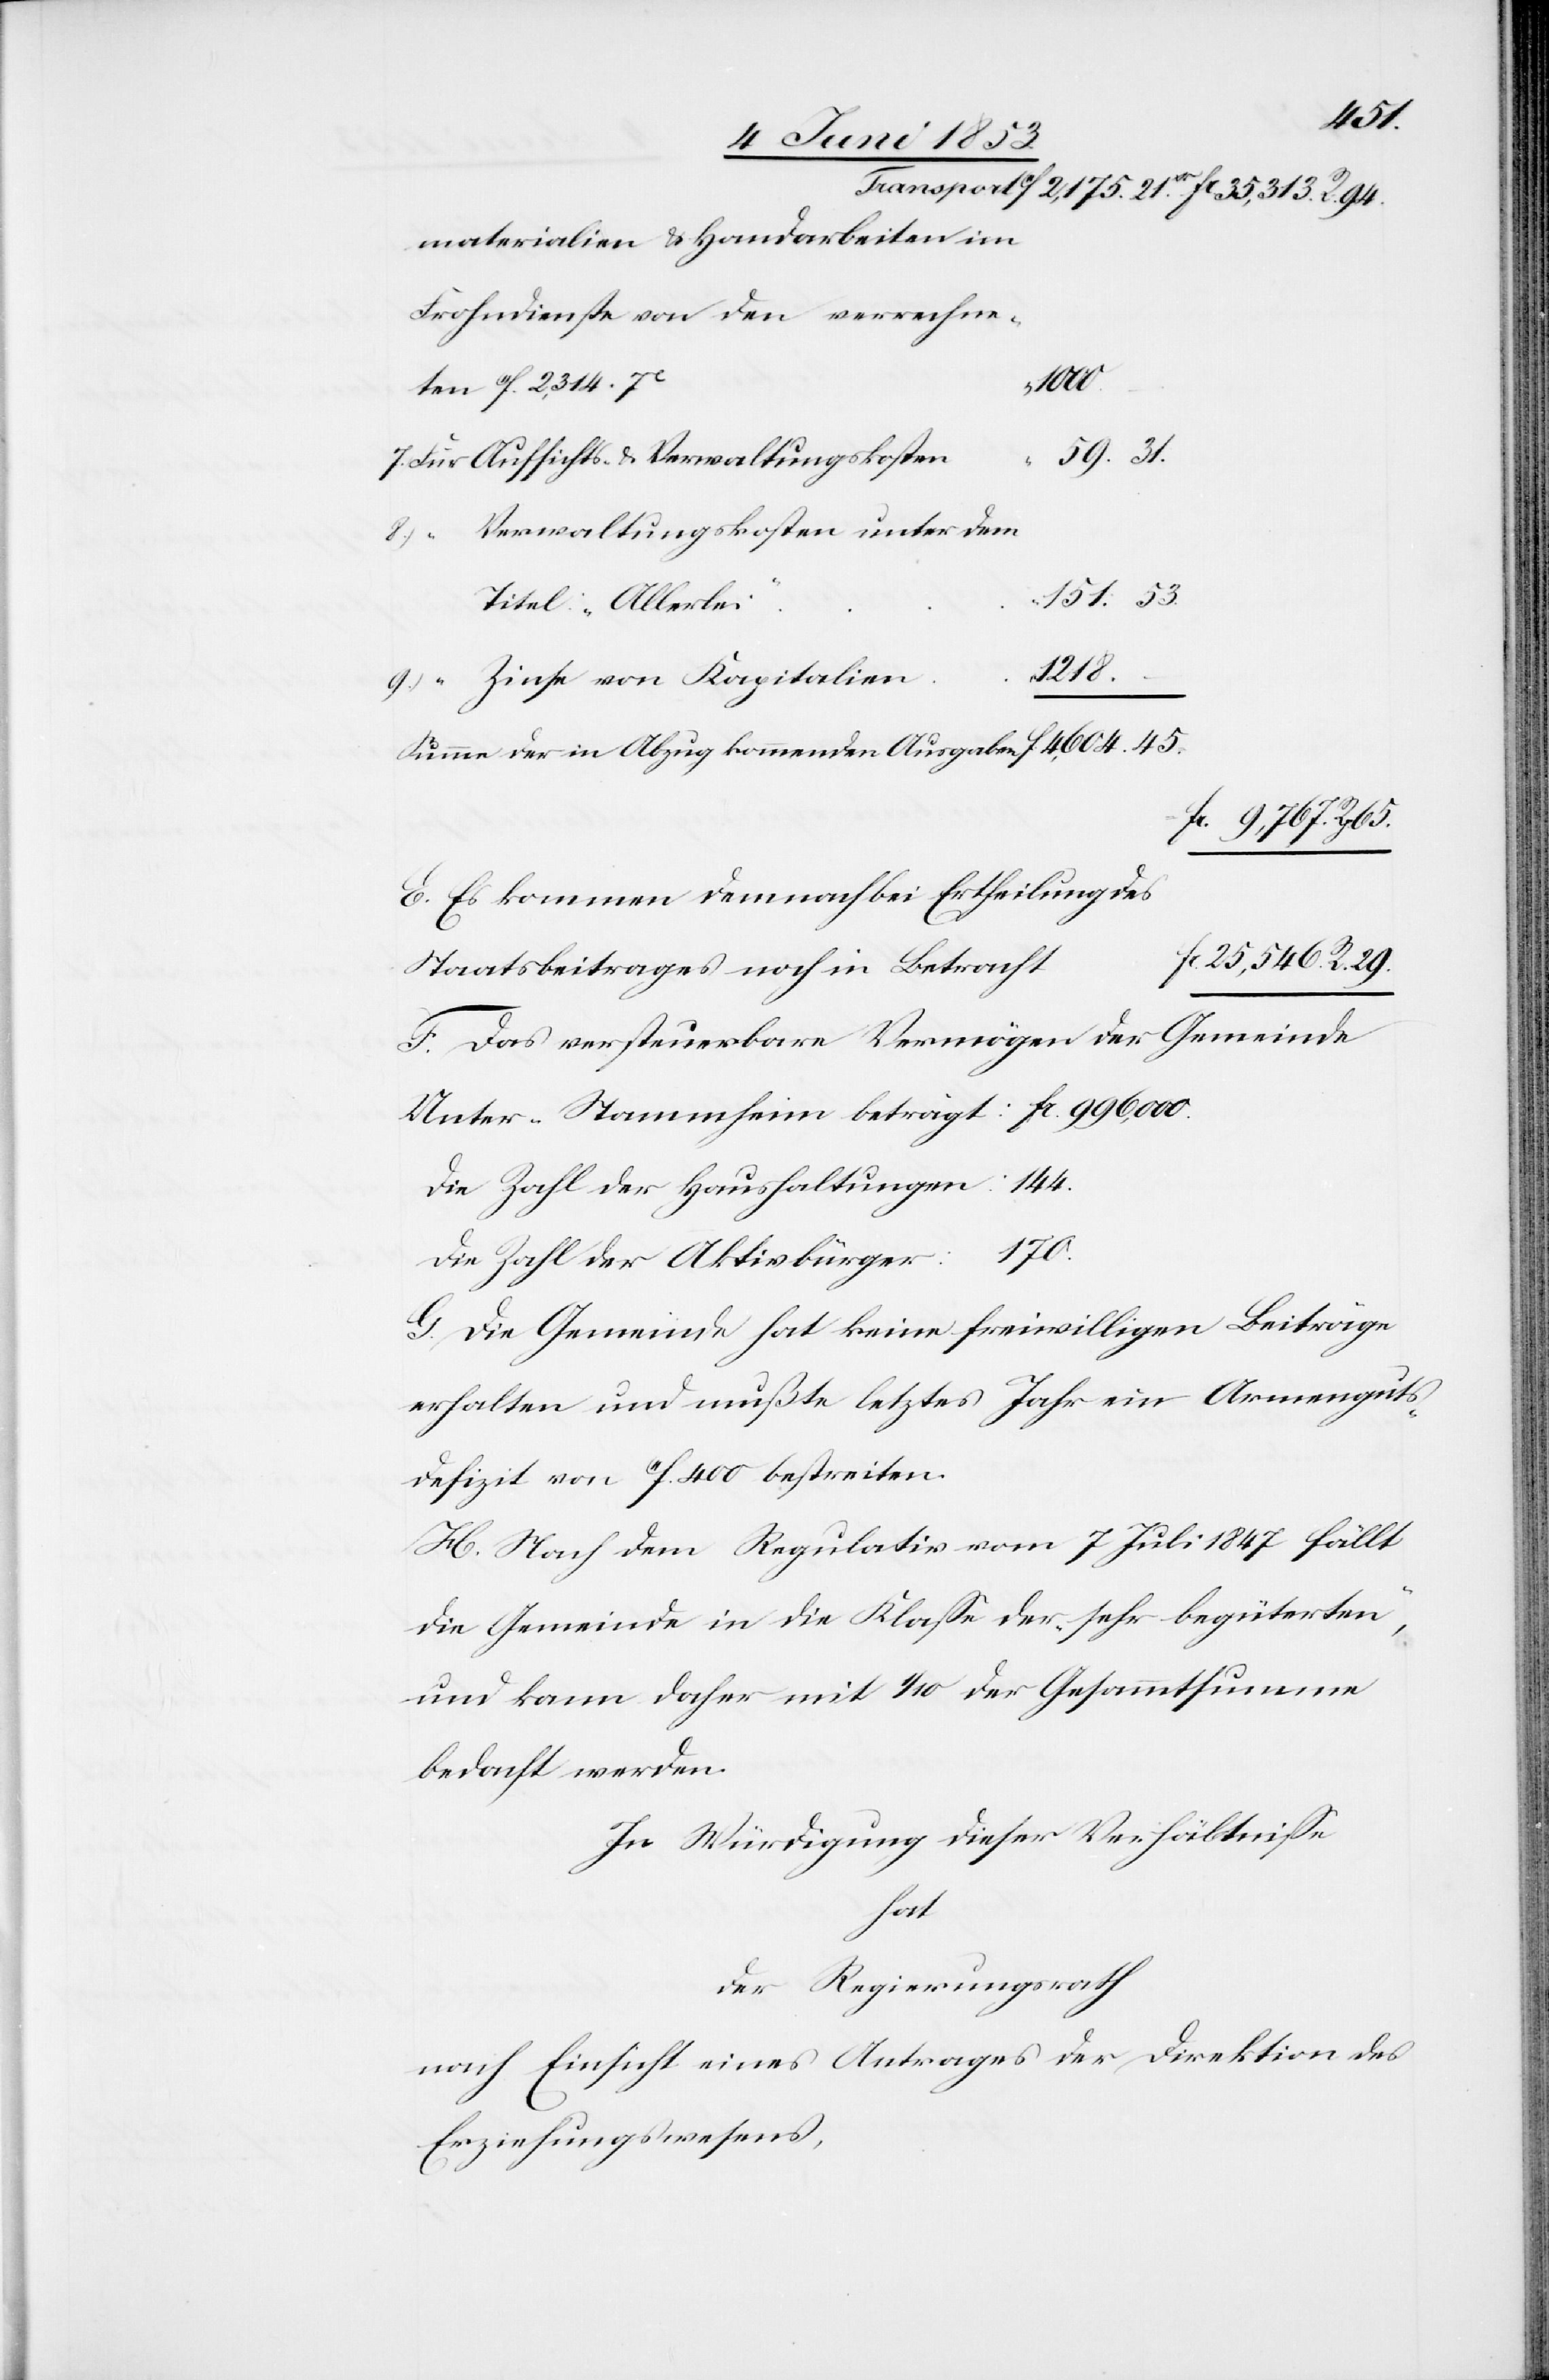
t
materialien u. Handarbeiten im
i“		“
ten f. 2,314. 7
59. 31.
7. Für Aufsichts- u. Verwaltungskosten	“
8.) “		Verwaltungskosten unter dem
151. 53.
Titel „Allerle¬
1218.
Summa der in Abzug kommenden Ausgaben f. 4,604. 45.
fr. 996,000.
E. Es kommen demnach bei Ertheilung des
fr. 25,546 Rp. 29.
Staatsbeitrages noch in Betrach¬
F. Das versteuerbare Vermögen der Gemeinde
Die Zahl der Haushaltungen: 144.
Die Zahl der Aktivbürger: 170.
G. die Gemeinde hat keine freiwilligen Beiträge
erhalten und mußte letztes Jahr ein Armenguts¬
defizit von f. 400 bestreiten.
H. Nach dem Regulativ vom 7 Juli 1847 fällt
die Gemeinde in die Klaße der „sehr begüterten“,
und kann daher mit 1/10 der Gesammtsumme
bedacht werden.
In Würdigung dieser Verhältniße
hat
der Regierungsrath
nach Einsicht eines Antrages der Direktion des
Erziehungswesens,